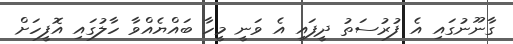
ގާނޫނުގައި އެ ފުރުސަތު ދީފައި އެ ވަނީ މީހާ ބައްޔެއްވާ ހާލުގައި އޮފީހަށް